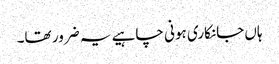
ہاں جانکاری ہونی چاہیے یہ ضرور تھا۔